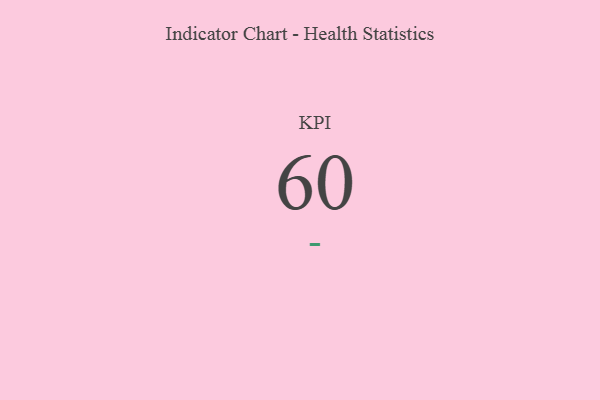
{"axis": {"x": "KPI", "y": "Value"}, "legend": [""], "data": [{"x": "KPI", "y": 60, "type": ""}]}